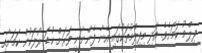
ފިލްމު ކަމަށެވެ. އަދި މިފިލްމުތަކުގައި އޭނާ ފެންނާނީ ވަރަށް ކުޑަ ރޯލަކުން ކަމަށާއި